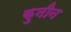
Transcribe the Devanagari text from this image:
कुनीन